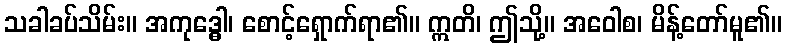
သခါခပ်သိမ်း။ အကုဒ္ဓေါ၊ စောင့်ရှောက်ရာ၏။ ဣတိ၊ ဤသို့။ အဝေါစ၊ မိန့်တော်မူ၏။